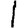
Digit: 1